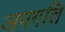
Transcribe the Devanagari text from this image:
अपगति